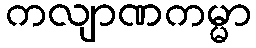
ကလျာဏကမ္မာ